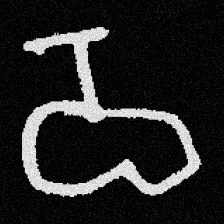
Pyu character \u2014 Myanmar letter: ဝ (romanized: wa)